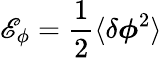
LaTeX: \mathscr{E}_{\phi}=\frac{{1}}{{2}}\langle\delta\boldsymbol{\phi}^{2}\rangle